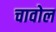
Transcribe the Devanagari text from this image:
चावोल